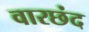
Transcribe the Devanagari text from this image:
वारछंद